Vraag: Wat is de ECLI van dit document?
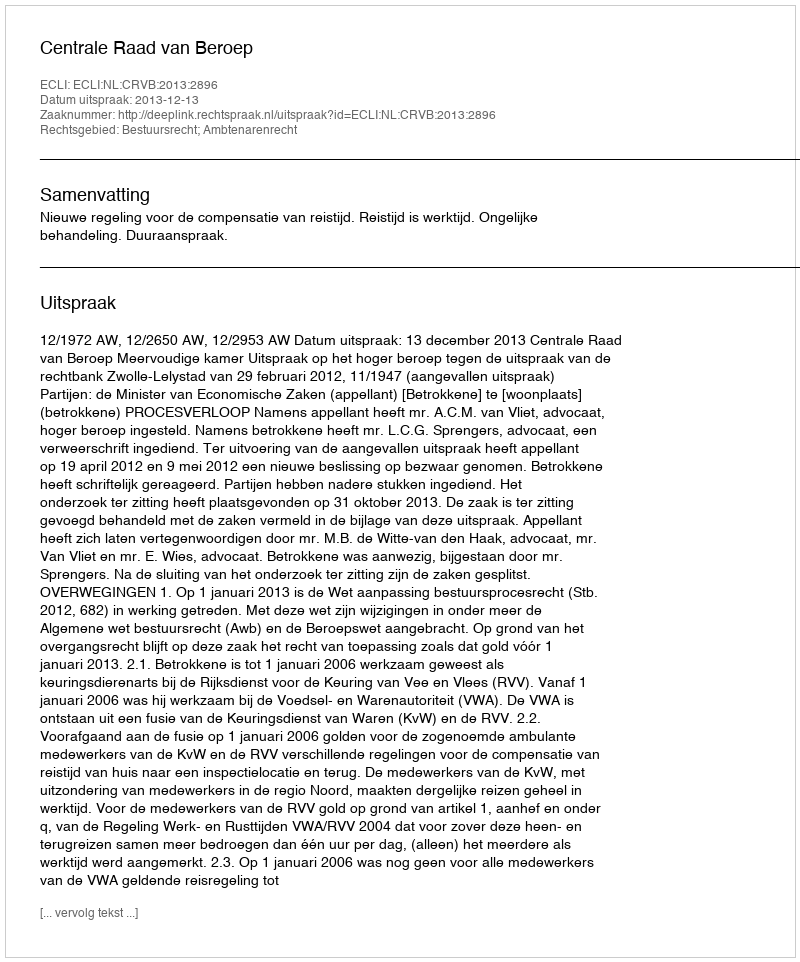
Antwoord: ECLI:NL:CRVB:2013:2896